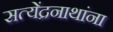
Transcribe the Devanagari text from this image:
सत्येंद्रनाथांना